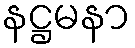
နဋ္ဌမနာ